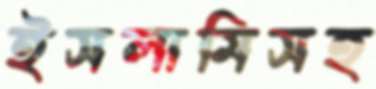
ইসলামিসহ